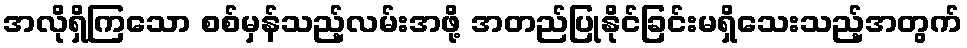
အလိုရှိကြသော စစ်မှန်သည့်လမ်းအဖို့ အတည်ပြုနိုင်ခြင်းမရှိသေးသည့်အတွက်